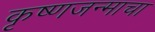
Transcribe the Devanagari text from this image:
कृष्णजन्माचा